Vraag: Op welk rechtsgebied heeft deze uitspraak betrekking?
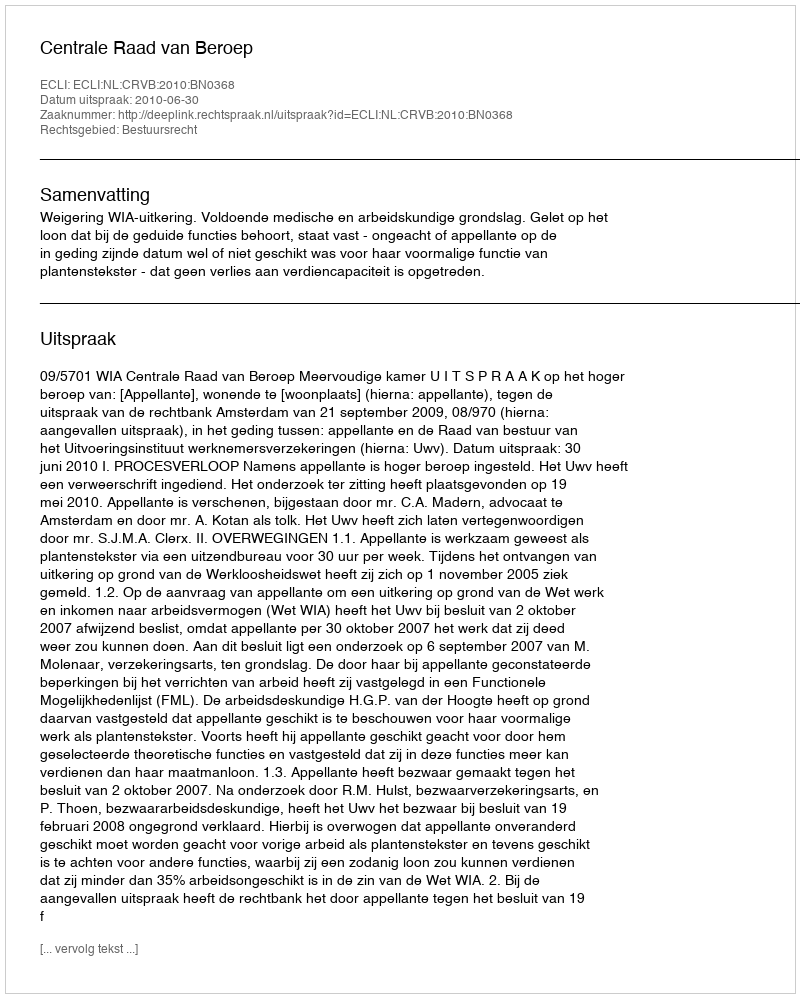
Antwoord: Bestuursrecht